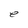
Character: e